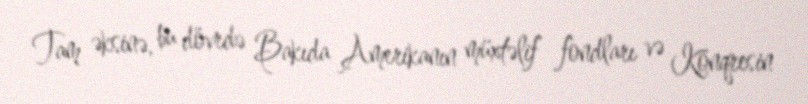
Tam əksinə, bu dövrdə Bakıda Amerikanın müxtəlif fondları və Konqresin